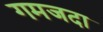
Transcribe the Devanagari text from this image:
गमजदा